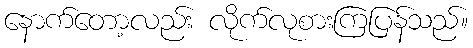
နောက်တော့လည်း လိုက်လုစားကြပြန်သည်။